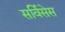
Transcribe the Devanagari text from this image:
सर्विसेस